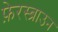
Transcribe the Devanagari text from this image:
फ़ेरस्ब्राउन